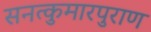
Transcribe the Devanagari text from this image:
सनत्कुमारपुराण